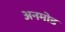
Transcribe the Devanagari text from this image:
अनमोड